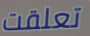
تعلقت